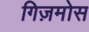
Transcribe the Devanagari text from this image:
गिज़मोस